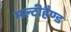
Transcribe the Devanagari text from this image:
मल्टीहैण्ड